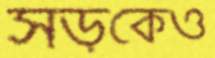
সড়কেও